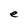
Character: e